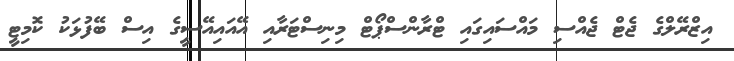
އިޒްރޭލްގެ ޖެޓް ޖެއްސި މައްސައިގައި ޓްރާންސްޕޯޓް މިނިސްޓަރާއި އޭއައިއޭސީގެ އިސް ބޭފުޅަކު ކޮމިޓީ